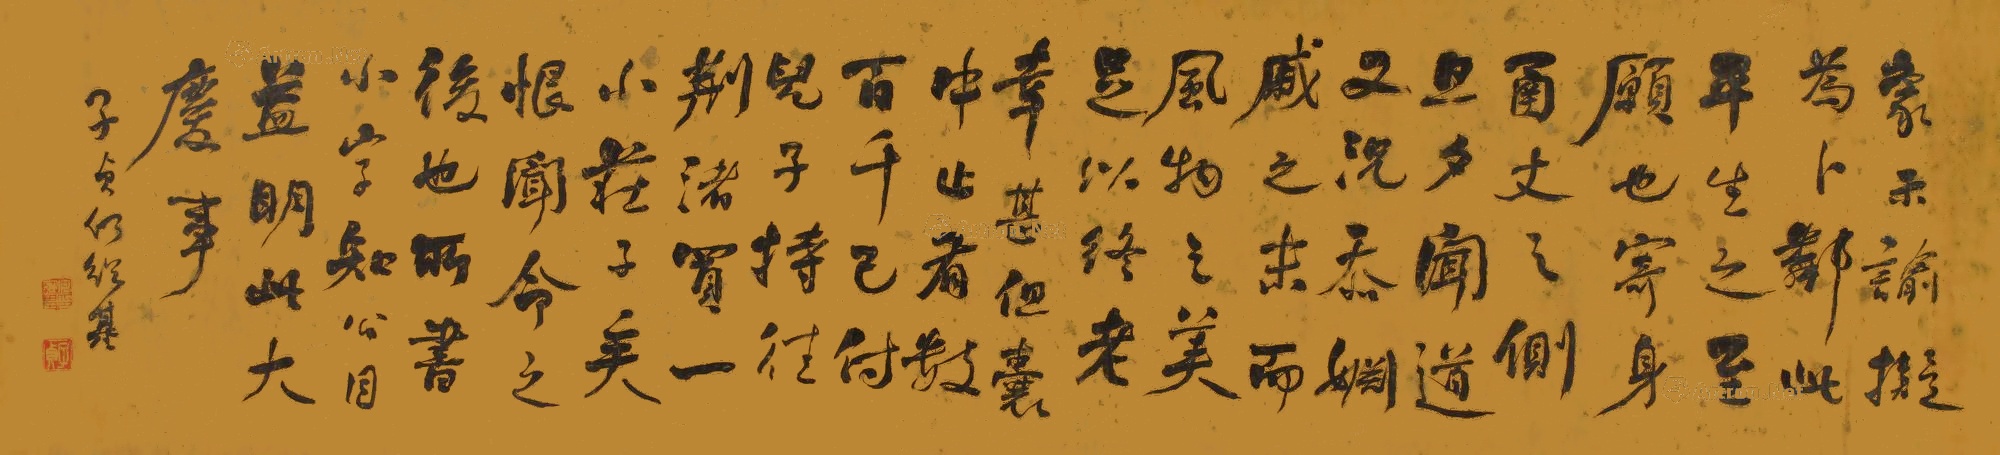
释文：蒙示谕拟为卜邻，此平生之至愿也，寄身函丈之侧，旦夕闻道，又况忝姻戚之末，而风物之美，足以终老。幸甚。但囊中只有数百千，已付儿子，持往荆渚买一小庄子矣。恨闻命之后也。所书小字，知公目益明，此大庆事。子贞何绍基。